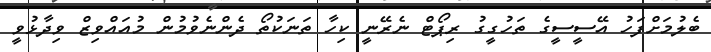
ބެލުމަށްފަހު އޭސީސީގެ ތަހުގީގު ރިޕޯޓް ނެރޭނީ ކިހާ ތަނަކުތޯ ދެންނެވުމުން މުއައްވިޒް ވިދާޅުވީ